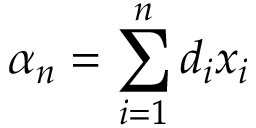
\alpha _ { n } = \sum _ { i = 1 } ^ { n } d _ { i } x _ { i }